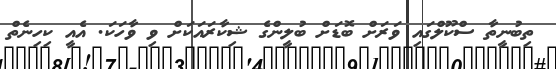
ތިބުނީތާ ސްކޫލްގައި ވަރަށް ބޮޑަށް ބުލީންގެ ޝިކާރައަކަށް ވި ވާހަކަ. އެއީ ކިހިނެތް